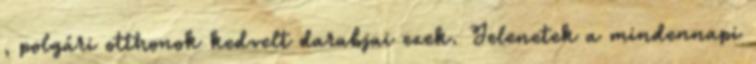
, polgári otthonok kedvelt darabjai ezek. Jelenetek a mindennapi